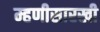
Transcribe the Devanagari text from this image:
म्हणीसारखी